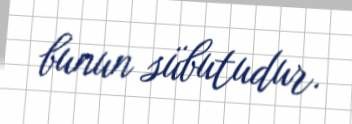
bunun sübutudur.